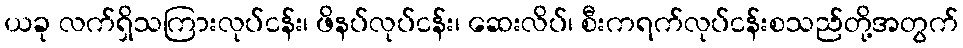
ယခု လက်ရှိသကြားလုပ်ငန်း၊ ဖိနပ်လုပ်ငန်း၊ ဆေးလိပ်၊ စီးကရက်လုပ်ငန်းစသည်တို့အတွက်